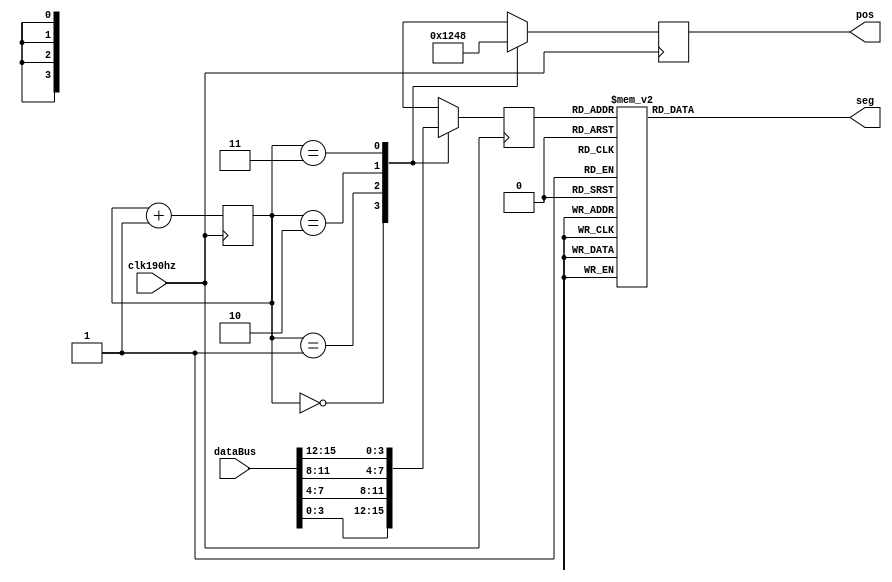
//
module segMsg(
input clk190hz,
input [15:0] dataBus, //
output reg [3:0] pos,
output reg[7:0]seg
    );
    reg[1:0]posC=0;//
    reg[3:0]dataP=0;//
    always@(posedge clk190hz)begin
        case(posC)
        //30
        0:begin
            pos<=4'b0001;
            dataP<=dataBus[3:0];
          end
        //74
        1:begin
            pos<=4'b0010;
            dataP<=dataBus[7:4];
          end          
        //118
          2:begin
              pos<=4'b0100;
              dataP<=dataBus[11:8];
            end
        //1512
            3:begin
                pos<=4'b1000;
                dataP<=dataBus[15:12];
              end
        endcase
        posC=posC+1;
end
//0-9
always@(dataP)
    case(dataP)
        0:seg=8'b0011_1111;
        1:seg=8'b0000_0110;
        2:seg=8'b0101_1011;
        3:seg=8'b0100_1111;
        4:seg=8'b0110_0110;
        5:seg=8'b0110_1101;
        6:seg=8'b0111_1101;
        7:seg=8'b0000_0111;
        8:seg=8'b0111_1111;
        9:seg=8'b0110_1111;
        10:seg=8'b0100_0000;
        11:seg=8'b0000_0000;
        default:seg=8'b0000_1000;
     endcase  
endmodule